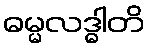
ဓမ္မလဒ္ဓါတိ